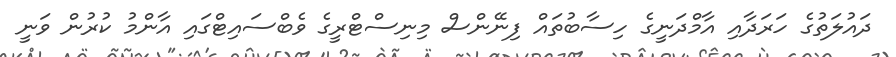
ދައުލަތުގެ ހަރަދާއި އާމްދަނީގެ ހިސާބުތައް ފިނޭންސް މިނިސްޓްރީގެ ވެބްސައިޓްގައި އާންމު ކުރުން ވަނީ